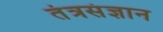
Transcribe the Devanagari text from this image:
तंत्रसंज्ञान